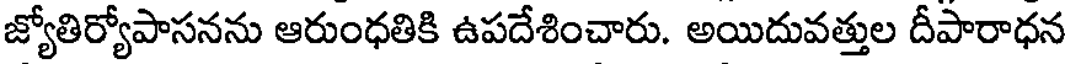
జ్యోతిర్యోపాసనను ఆరుంధతికి ఉపదేశించారు. అయిదువత్తుల దీపారాధన